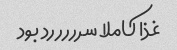
غذا کاملا سرررررد بود